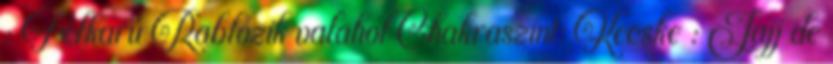
: Félkarú Rablózik valahol Chakraszint: Kecske : Jajj de